Treatise on elephants
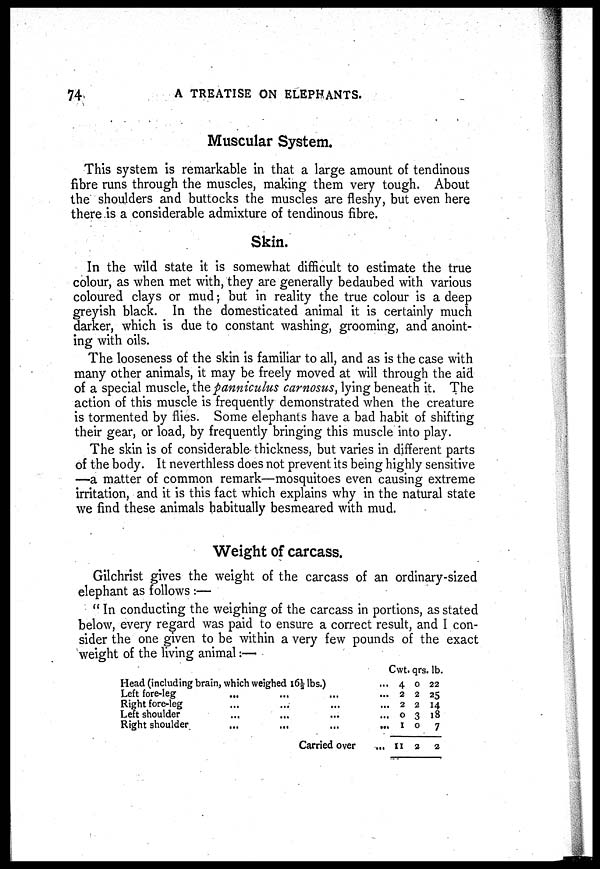
74
A TREATISE ON ELEPHANTS.
Muscular System.
This system is remarkable in that a large amount of tendinous
fibre runs through the muscles, making them very tough. About
the shoulders and buttocks the muscles are fleshy, but even here
there is a considerable admixture of tendinous fibre.
Skin.
In the wild state it is somewhat difficult to estimate the true
colour, as when met with, they are generally bedaubed with various
coloured clays or mud ; but in reality the true colour is a deep
greyish black. In the domesticated animal it is certainly much
darker, which is due to constant washing, grooming, and anoint-
ing with oils.
The looseness of the skin is familiar to all, and as is the case with
many other animals, it may be freely moved at will through the aid
of a special muscle, the panniculus carnosus, lying beneath it. The
action of this muscle is frequently demonstrated when the creature
is tormented by flies. Some elephants have a bad habit of shifting
their gear, or load, by frequently bringing this muscle into play.
The skin is of considerable thickness, but varies in different parts
of the body. It neverthless does not prevent its being highly sensitive
—a matter of common remark—mosquitoes even causing extreme
irritation, and it is this fact which explains why in the natural state
we find these animals habitually besmeared with mud.
Weight of carcass.
Gilchrist gives the weight of the carcass of an ordinary-sized
elephant as follows :—
" In conducting the weighing of the carcass in portions, as stated
below, every regard was paid to ensure a correct result, and I con-
sider the one given to be within a very few pounds of the exact
weight of the living animal:—
Head (including brain, which weighed 16½ lbs.)
Left fore-leg
Right fore-leg
Left shoulder
Right shoulder
Carried over
Cwt.
...
...
...
...
...
...
4
2
2
0
1
11
qrs.
0
2
2
3
0
2
lb.
22
25
14
18
7
2